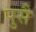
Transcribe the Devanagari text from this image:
पुसै